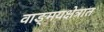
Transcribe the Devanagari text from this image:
वाङ्‌मयक्षेत्रात